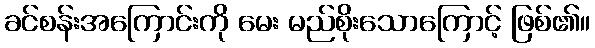
ခင်စန်းအကြောင်းကို မေး မည်စိုးသောကြောင့် ဖြစ်၏။